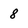
Character: 8